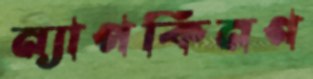
ন্যাপকিনগ